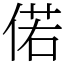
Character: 偌